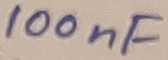
Text: 100nF